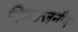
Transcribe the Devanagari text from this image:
निमज्जनीय